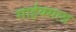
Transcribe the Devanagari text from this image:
साईक्सला